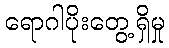
ရောဂါပိုးတွေ့ရှိမှု